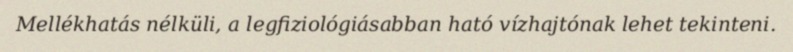
Mellékhatás nélküli, a legfiziológiásabban ható vízhajtónak lehet tekinteni.